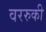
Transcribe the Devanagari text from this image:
वररुकी